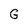
Character: G